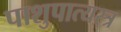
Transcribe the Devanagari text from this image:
पाशुपात्यस्त्र